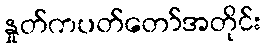
နှုတ်ကပတ်တော်အတိုင်း